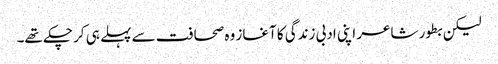
لیکن بطور شاعر اپنی ادبی زندگی کا آغاز وہ صحافت سے پہلے ہی کر چکے تھے۔